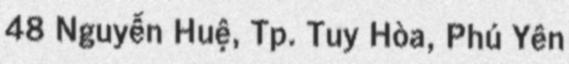
48 Nguyễn Huệ, Tp. Tuy Hòa, Phú Yên